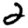
Digit: 2